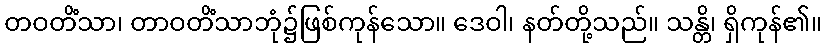
တဝတိံသာ၊ တာဝတိံသာဘုံ၌ဖြစ်ကုန်သော။ ဒေဝါ၊ နတ်တို့သည်။ သန္တိ၊ ရှိကုန်၏။